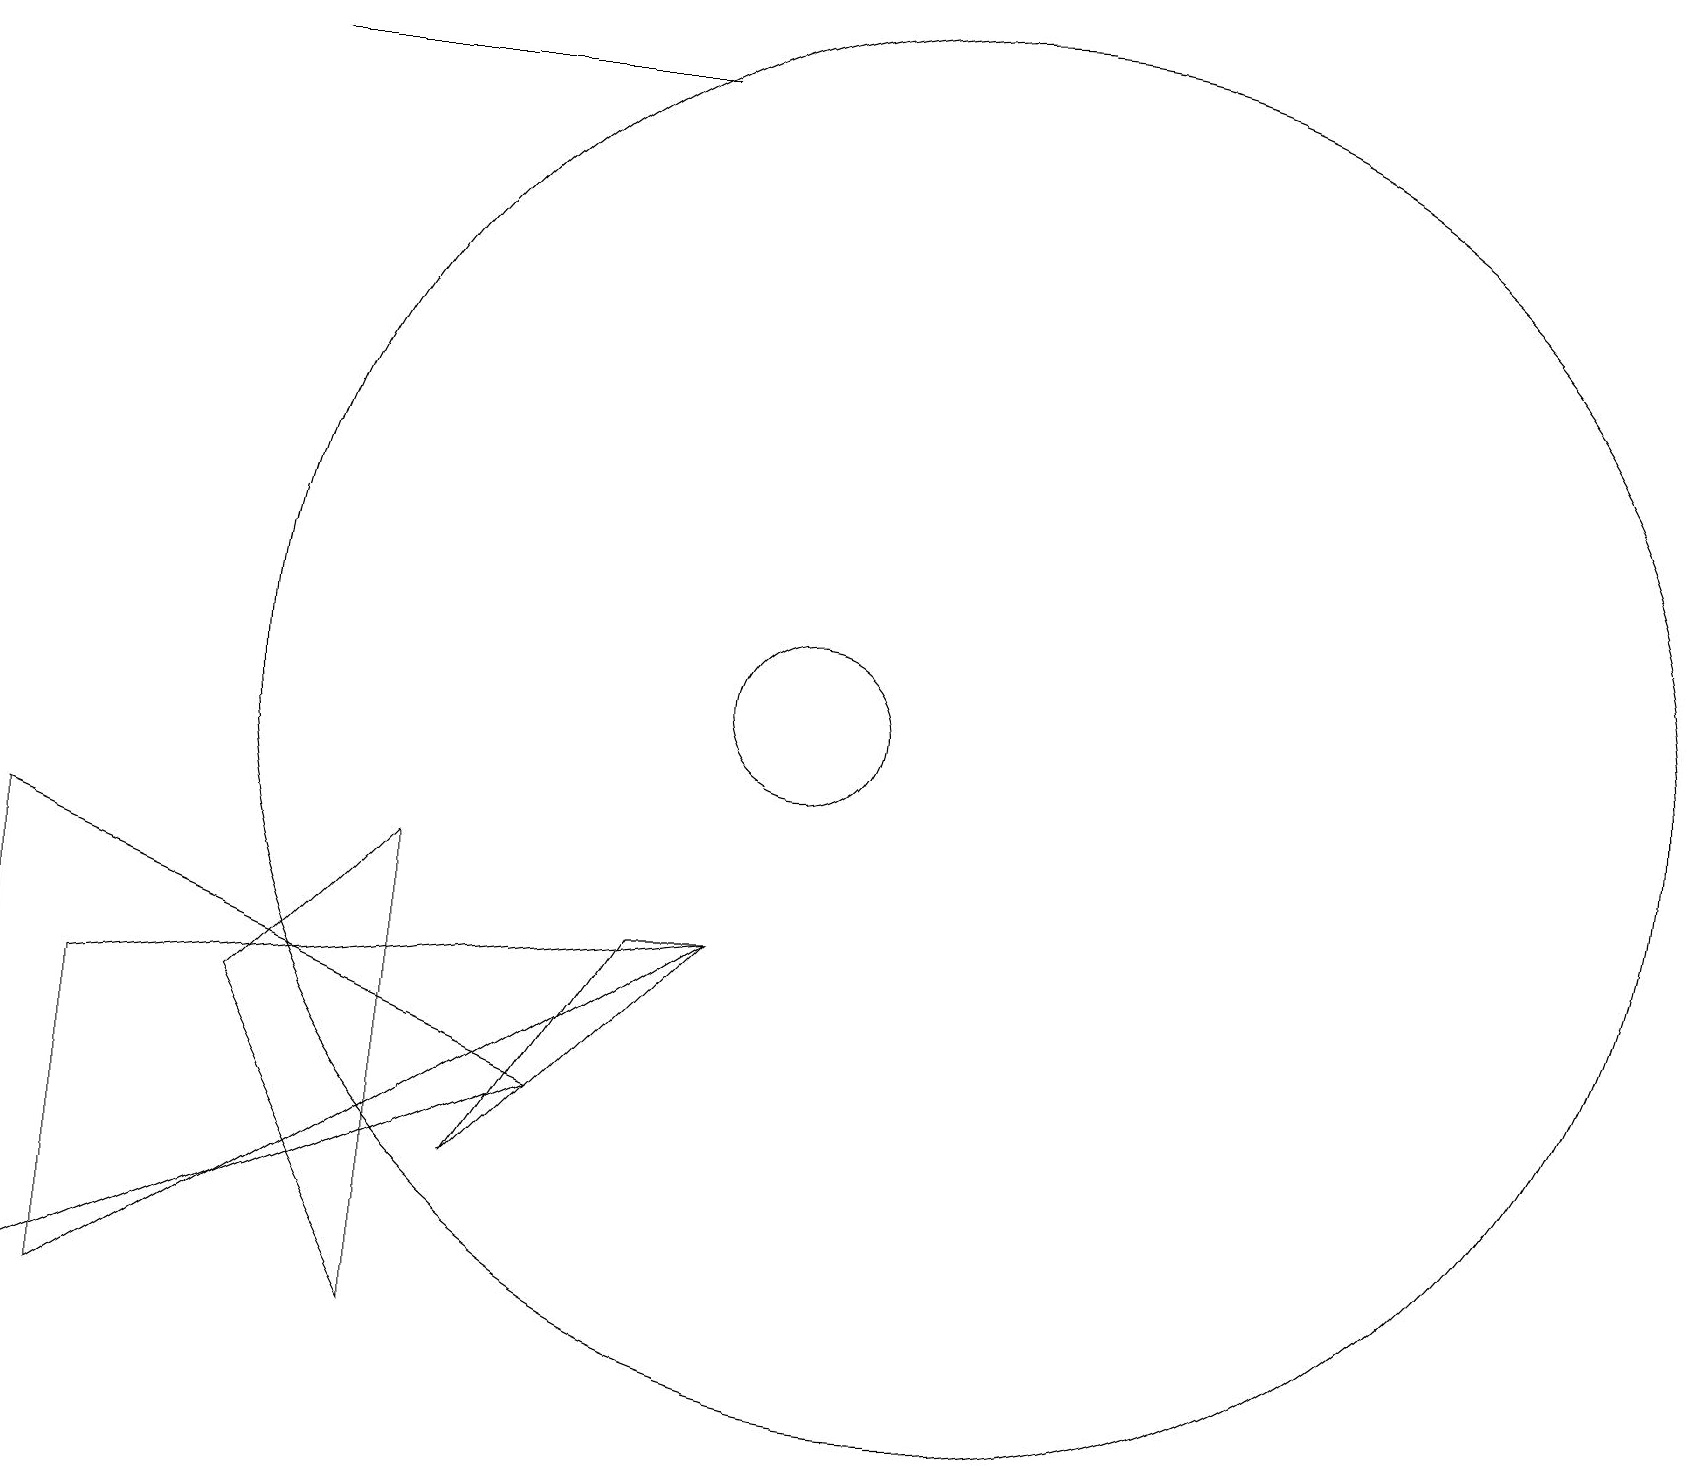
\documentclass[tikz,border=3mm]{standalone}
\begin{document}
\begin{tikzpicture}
\draw (6,4) -- (9,7) -- (8,7) -- cycle;
\draw (7,5) -- (0,2) -- (0,8) -- cycle;
\draw (3,6) -- (5,8) -- (5,2) -- cycle;
\draw (8,18) rectangle (3,18);
\draw (10,10) circle (1);
\draw (12,10) circle (9);
\draw (9,7) -- (1,2) -- (1,6) -- cycle;
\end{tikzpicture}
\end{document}